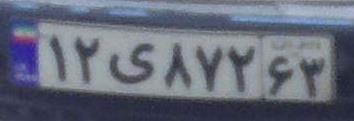
۱۲ی۸۷۲۶۳